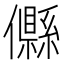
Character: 𠐴